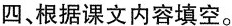
四、根据课文内容填空。